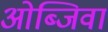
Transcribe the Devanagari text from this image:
ओब्जिवा